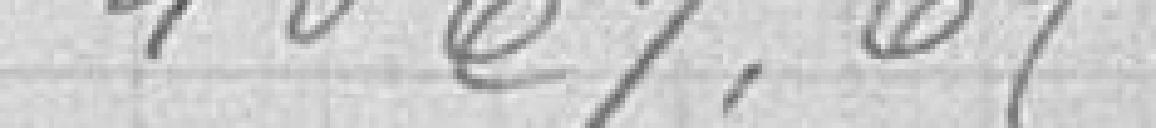
19 Construction d'un mur de soutènement dans la rue de l'étuve